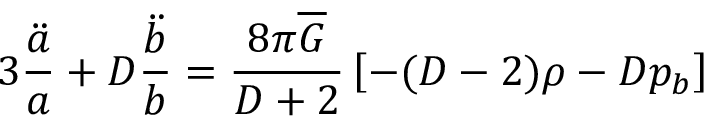
3 \frac { \ddot { a } } { a } + D \frac { \ddot { b } } { b } = \frac { 8 \pi \overline { { { G } } } } { D + 2 } \left[ - ( D - 2 ) \rho - D p _ { b } \right]